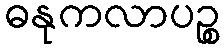
ဓနုကလာပဉ္စ